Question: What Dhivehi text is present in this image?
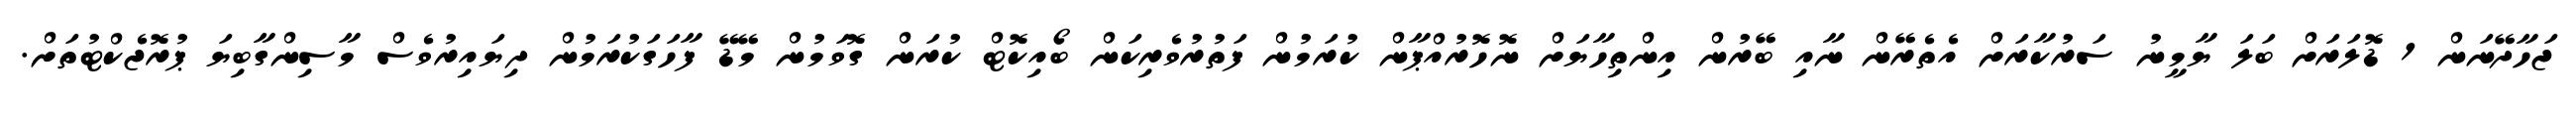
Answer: ޖަހާދޭނަން 1 ޑޮލަރަށް ބަލަ ޔާމީނު ސަރުކާރަށް އެތެރޭން ނާއި ބޭރުން އިންތިހާޔަށް ނޮހޮރުއްޕާން ކުރަމުން ފަތުރުވެރިކަން ބޯއިކޮޓް ކުރަން ގޮވަމުން މޭޑޭ ފާހަގަކުރަމުން ދިޔައިރުވެސް މާސިންގާބިޔަ ޕުރޮޖެކްޓުތަށް.